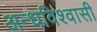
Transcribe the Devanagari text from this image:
अन्धविश्वासी